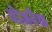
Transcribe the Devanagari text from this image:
वोजनैक